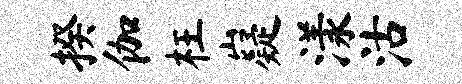
揆伽枉嶷漾沽